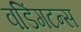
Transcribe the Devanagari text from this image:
वडिंगटन्स